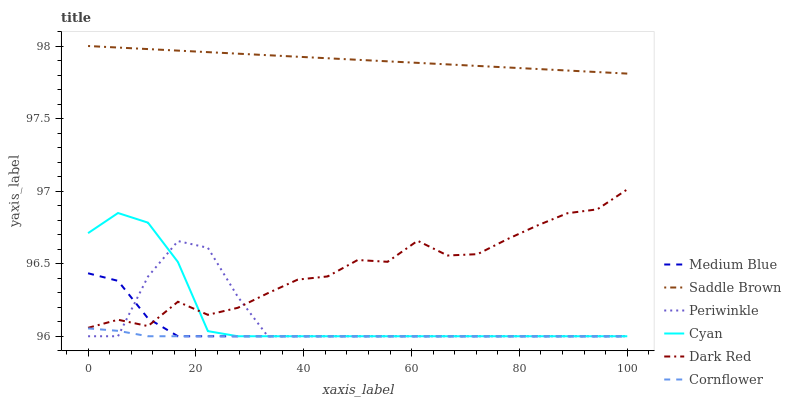
| xaxis_label | Medium Blue | Saddle Brown | Periwinkle | Cyan | Dark Red | Cornflower |
 | --- | --- | --- | --- | --- | --- | --- |
 | 0 | 96.4 | 98 | 96 | 96.7 | 96.1 | 96.1 |
 | 5.56 | 96.4 | 98 | 96 | 96.8 | 96.1 | 96 |
 | 11.1 | 96.1 | 98 | 96.4 | 96.8 | 96.1 | 96 |
 | 16.7 | 96 | 98 | 96.7 | 96.5 | 96.2 | 96 |
 | 22.2 | 96 | 98 | 96.6 | 96 | 96.1 | 96 |
 | 27.8 | 96 | 97.9 | 96.3 | 96 | 96.2 | 96 |
 | 33.3 | 96 | 97.9 | 96 | 96 | 96.3 | 96 |
 | 38.9 | 96 | 97.9 | 96 | 96 | 96.4 | 96 |
 | 44.4 | 96 | 97.9 | 96 | 96 | 96.4 | 96 |
 | 50 | 96 | 97.9 | 96 | 96 | 96.5 | 96 |
 | 55.6 | 96 | 97.9 | 96 | 96 | 96.5 | 96 |
 | 61.1 | 96 | 97.9 | 96 | 96 | 96.7 | 96 |
 | 66.7 | 96 | 97.9 | 96 | 96 | 96.6 | 96 |
 | 72.2 | 96 | 97.9 | 96 | 96 | 96.6 | 96 |
 | 77.8 | 96 | 97.9 | 96 | 96 | 96.7 | 96 |
 | 83.3 | 96 | 97.8 | 96 | 96 | 96.8 | 96 |
 | 88.9 | 96 | 97.8 | 96 | 96 | 96.8 | 96 |
 | 94.4 | 96 | 97.8 | 96 | 96 | 96.9 | 96 |
 | 100 | 96 | 97.8 | 96 | 96 | 97 | 96 |